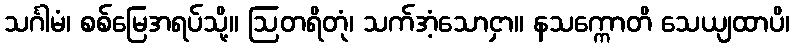
သင်္ဂါမံ၊ စစ်မြေအရပ်သို့။ ဩတရိတုံ၊ သက်အံ့သောငှာ။ နသက္ကောတိ သေယျထာပိ၊